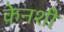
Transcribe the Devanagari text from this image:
केनशी